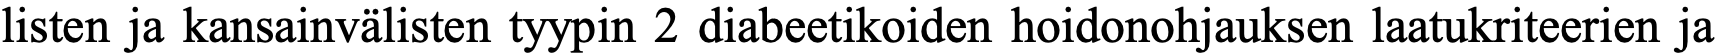
listen ja kansainvälisten tyypin 2 diabeetikoiden hoidonohjauksen laatukriteerien ja